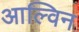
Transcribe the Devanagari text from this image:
आल्विन